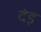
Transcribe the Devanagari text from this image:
देड़